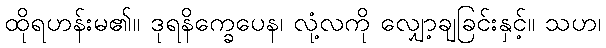
ထိုရဟန်းမ၏။ ဒုရနိက္ခေပေန၊ လုံ့လကို လျှော့ချခြင်းနှင့်။ သဟ၊